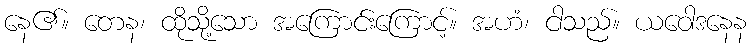
နေ၏။ တေန၊ ထိုသို့သော အကြောင်းကြောင့်။ အဟံ၊ ငါသည်။ ယဝေါဒနေန